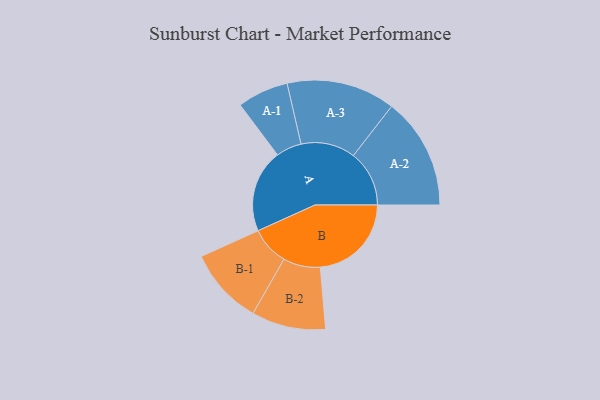
{"axis": {"x": "Segment", "y": "Value"}, "legend": ["", "A", "B"], "data": [{"x": "A", "y": 438, "type": ""}, {"x": "B", "y": 481, "type": ""}, {"x": "A-1", "y": 135, "type": "A"}, {"x": "A-2", "y": 295, "type": "A"}, {"x": "A-3", "y": 287, "type": "A"}, {"x": "B-1", "y": 203, "type": "B"}, {"x": "B-2", "y": 196, "type": "B"}]}